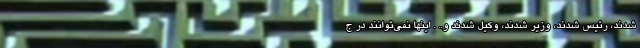
شدند، رئیس شدند، وزیر شدند، وکیل شدند و.. . اینها نمی‌توانند در ج